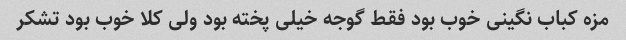
مزه کباب نگینی خوب بود فقط گوجه خیلی پخته بود ولی کلا خوب بود تشکر